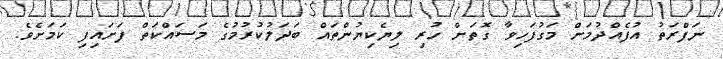
ނަފްރަތު އުފެއްދުމަށް މަގުފަހިވާ ގޮތަށް ހުރި ލިޔެކިޔުންތައް ބަދަލުކުރުމުގެ މަސައްކަތް ފަށައިފި ކަމަށެވެ.